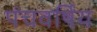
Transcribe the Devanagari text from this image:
पंचवर्षिय